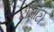
ટોમાટો